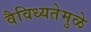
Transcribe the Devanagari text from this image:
वैविध्यतेमुळे